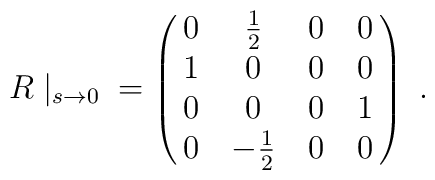
R\mid_{s\rightarrow 0}\mbox{}=\left(\matrix{   0        & \frac{1}{2}     & 0      & 0           \cr                 1        & 0         & 0      & 0           \cr                 0        & 0         & 0      & 1          \cr                 0        & -\frac{1}{2}    & 0      & 0     }    \right)\ .